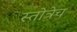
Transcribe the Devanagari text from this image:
स्तोत्रेच